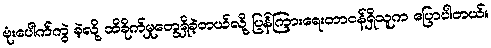
ဗုံးပေါက်ကွဲ ခဲ့လို့ ထိခိုက်မှုတွေရှိခဲ့တယ်လို့ ပြန်ကြားရေးတာဝန်ရှိသူက ပြောပါတယ်။